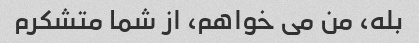
بله، من می خواهم، از شما متشکرم